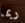
ربما